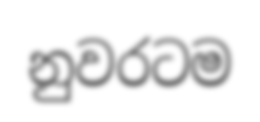
නුවරටම